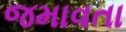
જમાવતા